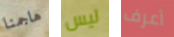
هاجمنا ليس أعرف